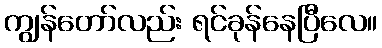
ကျွန်တော်လည်း ရင်ခုန်နေပြီလေ။